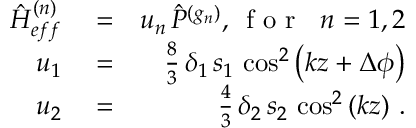
\begin{array} { r l r } { { \hat { H } } _ { e f f } ^ { ( n ) } } & { { } = } & { u _ { n } \, { \hat { P } } ^ { ( g _ { n } ) } , \, \mathrm { ~ f ~ o ~ r ~ } \, \, \; n = 1 , 2 } \\ { u _ { 1 } } & { { } = } & { \frac { 8 } { 3 } \, \delta _ { 1 } \, s _ { 1 } \, \cos ^ { 2 } \left( k z + \Delta \phi \right) } \\ { u _ { 2 } } & { { } = } & { \frac { 4 } { 3 } \, \delta _ { 2 } \, s _ { 2 } \, \cos ^ { 2 } \left( k z \right) \, . } \end{array}